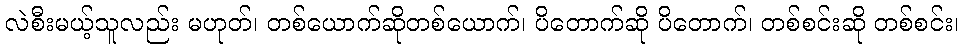
လဲစီးမယ့်သူလည်း မဟုတ်၊ တစ်ယောက်ဆိုတစ်ယောက်၊ ပိတောက်ဆို ပိတောက်၊ တစ်စင်းဆို တစ်စင်း၊